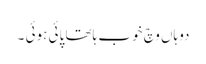
دوہاں وچ خوب ہاتھا پائی ہوئی ۔